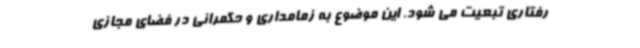
رفتاری تبعیت می شود. این موضوع به زمامداری و حکمرانی در فضای مجازی